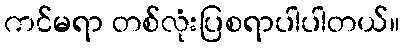
ကင်မရာ တစ်လုံးပြစရာပါပါတယ်။